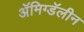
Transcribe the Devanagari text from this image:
ॲमिग्डॅलीन